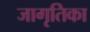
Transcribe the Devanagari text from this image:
जागृतिका